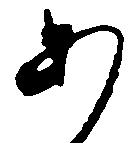
あ